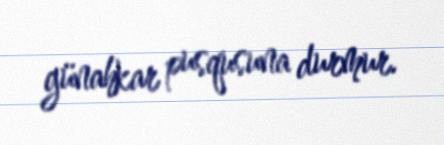
günahkar pusqusuna durmur.